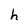
Character: h